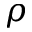
\rho